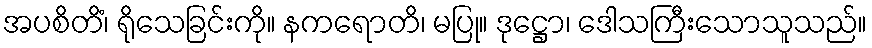
အပစိတိံ၊ ရိုသေခြင်းကို။ နကရောတိ၊ မပြု။ ဒုဋ္ဌော၊ ဒေါသကြီးသောသူသည်။